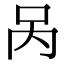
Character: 呙